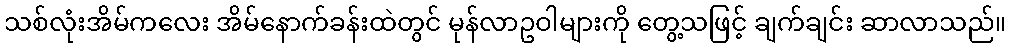
သစ်လုံးအိမ်ကလေး အိမ်နောက်ခန်းထဲတွင် မုန်လာဥဝါများကို တွေ့သဖြင့် ချက်ချင်း ဆာလာသည်။